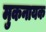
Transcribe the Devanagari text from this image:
मुकनायक